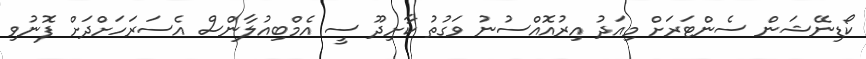
ކޯޑިނޭޝަން ސެންޓަރަށް މިއަދު އިރުއޮއްސުނު ވަގުތު ކާށިދޫ ސީ އެމްބިއުލާންސް އެސަރަހަށްދަށް ފޮނުވި